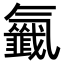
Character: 𣱰